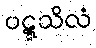
ပဋ္ဋသိလံ